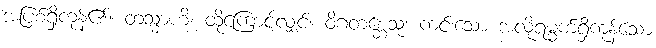
အပြစ်ရှိကုန်၏။ တသ္မာဟိ၊ ထိုကြောင့်လျှင်။ ဝိဂတစ္ဆေသု၊ ကင်းသော အလိုရမ္မက်ရှိကုန်သော